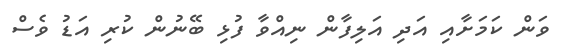
ވަން ކަމަށާއި އަދި އަލިފާން ނިއްވާ ފުޅި ބޭނުން ކުރި އަޑު ވެސް